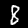
Label: 8